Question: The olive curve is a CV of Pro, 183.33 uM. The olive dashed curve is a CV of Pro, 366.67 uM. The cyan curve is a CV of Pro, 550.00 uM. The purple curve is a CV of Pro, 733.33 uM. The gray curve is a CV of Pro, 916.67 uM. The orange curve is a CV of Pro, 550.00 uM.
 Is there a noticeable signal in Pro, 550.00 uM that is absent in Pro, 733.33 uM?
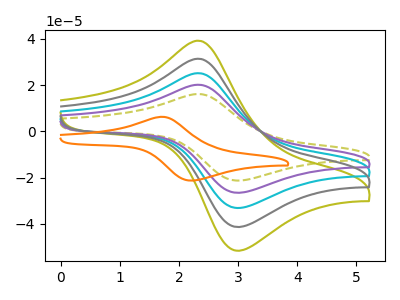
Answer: <think>The olive curve "Pro, 183.33 uM" has an anodic peak at (2.35V, 80.70uA) and a cathodic peak at (3.05V, -105.95uA). The olive dashed curve "Pro, 366.67 uM" has an anodic peak at (2.35V, 16.15uA) and a cathodic peak at (3.05V, -21.20uA). The cyan curve "Pro, 550.00 uM" has an anodic peak at (2.35V, 40.35uA) and a cathodic peak at (3.05V, -52.95uA). The purple curve "Pro, 733.33 uM" has an anodic peak at (2.35V, 20.15uA) and a cathodic peak at (3.05V, -26.50uA). The gray curve "Pro, 916.67 uM" has an anodic peak at (2.35V, 60.50uA) and a cathodic peak at (3.05V, -79.45uA). The orange curve "Pro, 550.00 uM" has an anodic peak at (1.70V, 6.30uA) and a cathodic peak at (2.25V, -21.25uA).
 All the peaks in "Pro, 550.00 uM" have a peak in "Pro, 733.33 uM" at the same potential. Every peak in "Pro, 550.00 uM" is higher than every peak in "Pro, 733.33 uM".</think>
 <answer>No, "Pro, 550.00 uM" and "Pro, 733.33 uM" don't appear to be significantly different in shape</answer>
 <eval>no_change</eval>